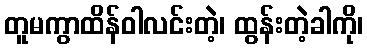
တူမကွာထိန်ဝါလင်းတဲ့၊ ထွန်းတဲ့ခါကို၊